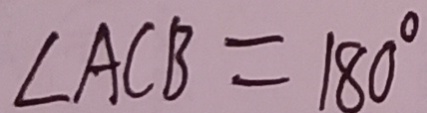
\angle A C B = 1 8 0 ^ { \circ }